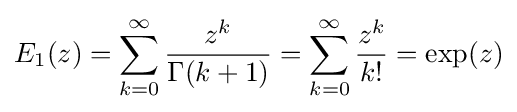
E_{1}(z)=\sum _{k=0}^{\infty }{\frac {z^{k}}{\Gamma (k+1)}}=\sum _{k=0}^{\infty }{\frac {z^{k}}{k!}}=\exp(z)